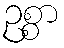
ဥစ္စာ